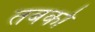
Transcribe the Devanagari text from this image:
तबको